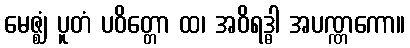
မေဇ္ဈံ ပူတံ ပဝိတ္တော ထ၊ အဝိရဒ္ဓါ အပဏ္ဏကော။